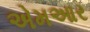
એમઆર